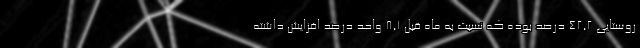
روستایی ۴٢,٢ درصد بوده که نسبت به ماه قبل ٨,١ واحد درصد افزایش داشته